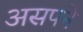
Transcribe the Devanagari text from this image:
असपने